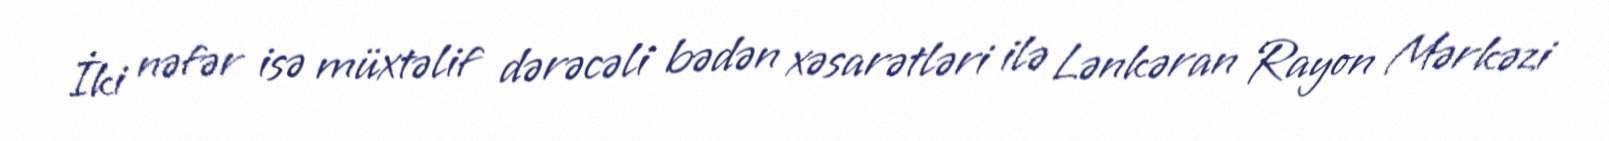
İki nəfər isə müxtəlif dərəcəli bədən xəsarətləri ilə Lənkəran Rayon Mərkəzi